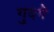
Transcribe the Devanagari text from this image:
गुदगे